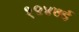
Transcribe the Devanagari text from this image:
१९४७ई